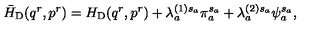
\bar { H } _ { \mathrm { D } } ( q ^ { r } , p ^ { r } ) = H _ { \mathrm { D } } ( q ^ { r } , p ^ { r } ) + \lambda _ { a } ^ { ( 1 ) s _ { a } } \pi _ { a } ^ { s _ { a } } + \lambda _ { a } ^ { ( 2 ) s _ { a } } \psi _ { a } ^ { s _ { a } } ,